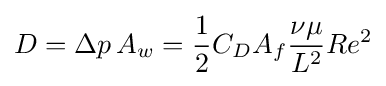
D=\Delta p\,A_{w}={\frac {1}{2}}C_{D}A_{f}{\frac {\nu \mu }{L^{2}}}Re^{2}